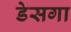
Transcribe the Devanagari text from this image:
डेसगा